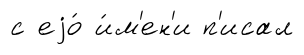
с еjо́ и́м'ен'и п'исал